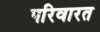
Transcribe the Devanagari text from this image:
परिवारत